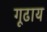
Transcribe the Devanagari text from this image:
गूढाय